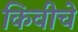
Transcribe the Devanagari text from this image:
किवीचे